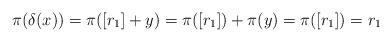
LaTeX: \begin{align*}\pi(\delta(x)) = \pi([r_1] + y) = \pi([r_1]) + \pi(y) = \pi([r_1]) = r_1\end{align*}